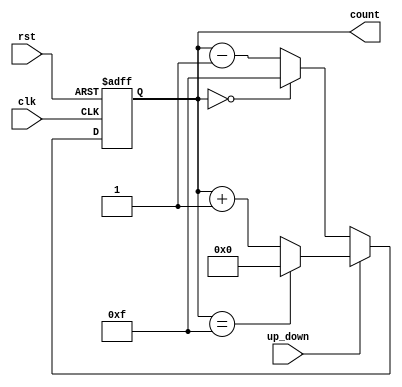
module up_down_counter (
    input wire clk,           // Clock signal
    input wire rst,           // Asynchronous reset
    input wire up_down,       // Up/Down control signal
    output reg [3:0] count    // 4-bit count output
);

    // Asynchronous reset and counting logic
    always @(posedge clk or posedge rst) begin
        if (rst) begin
            count <= 4'b0000;  // Reset count to 0
        end else begin
            if (up_down) begin
                // Count Up
                if (count == 4'b1111) begin
                    count <= 4'b0000;  // Wrap around to 0
                end else begin
                    count <= count + 1; // Increment count
                end
            end else begin
                // Count Down
                if (count == 4'b0000) begin
                    count <= 4'b1111;  // Wrap around to 15
                end else begin
                    count <= count - 1; // Decrement count
                end
            end
        end
    end

endmodule